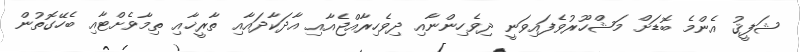
ޝަފީޤު އެންމެ ބޮޑަށް މަޝްހޫރުވެފައިވަނީ ދިވެހިންނާއި ދިވެހިރާއްޖެއާއި އާދަކާދައާއި ތާރީޚާއި ތިމާވެށްޓާއި ބެހޭގޮތުން